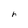
Character: h